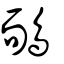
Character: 鴯